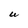
Character: U